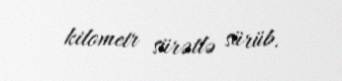
kilometr sürətlə sürüb.